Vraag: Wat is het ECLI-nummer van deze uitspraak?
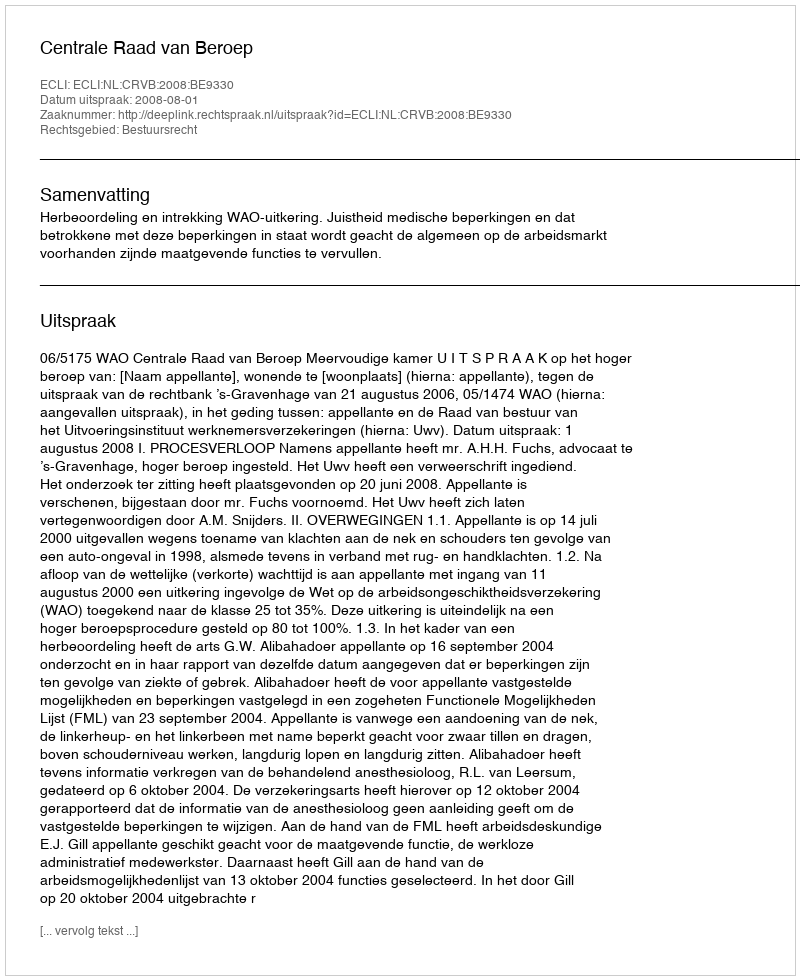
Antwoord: ECLI:NL:CRVB:2008:BE9330